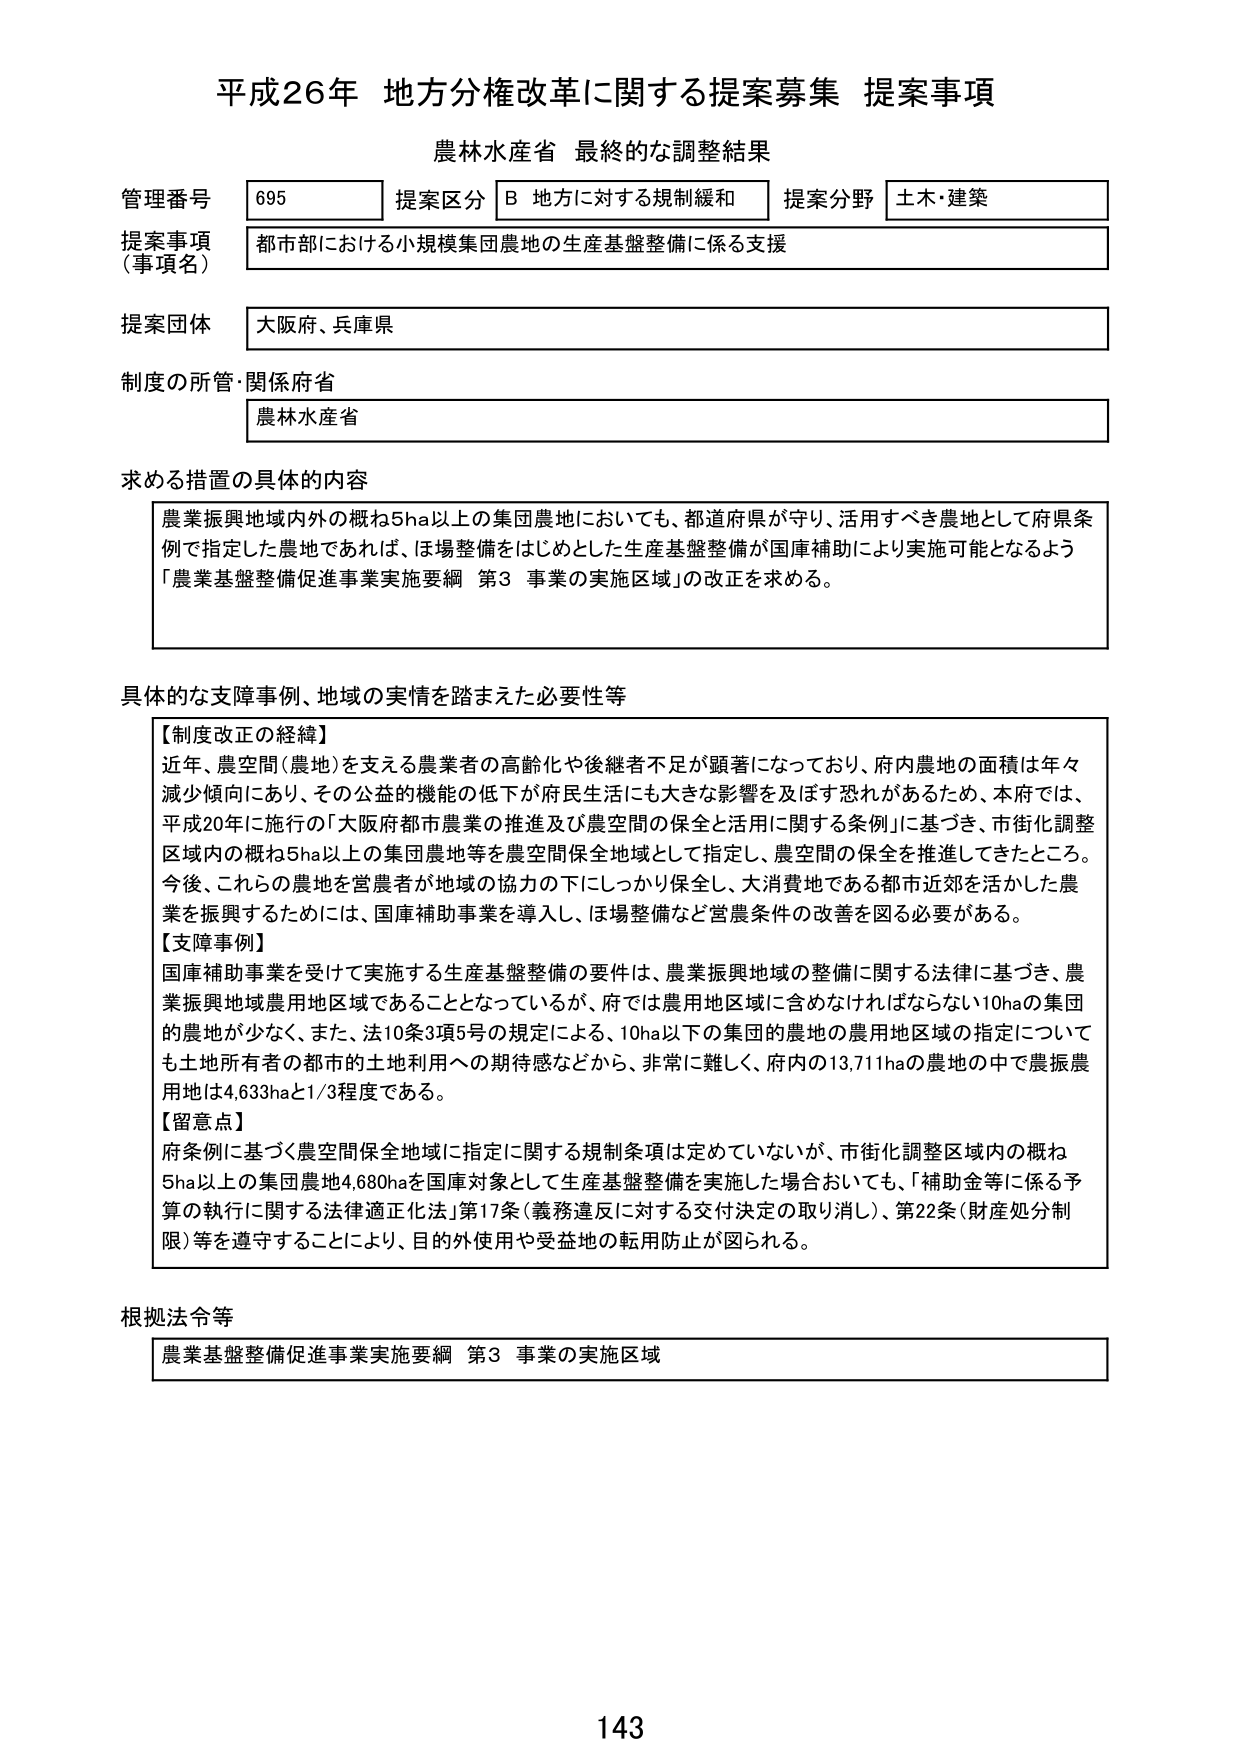
平成26年 地方分権改革に関する提案募集 提案事項
農林水産省 最終的な調整結果

管理番号 695 提案区分 B 地方に対する規制緩和 提案分野 土木・建築
提案事項（事項名） 都市部における小規模集団農地の生産基盤整備に係る支援
提案団体 大阪府、兵庫県
制度の所管・関係省 農林水産省

求める措置の具体的内容
農業振興地域内外の概ね5ha以上の集団農地においても、都道府県が守り、活用すべき農地として府県条例で指定した農地であれば、ほ場整備をはじめとした生産基盤整備が国庫補助により実施可能となるよう「農業基盤整備促進事業実施要綱 第3 事業の実施区域」の改正を求める。

具体的な支障事例、地域の実情を踏まえた必要性等
【制度改正の経緯】
近年、農空間（農地）を支える農業者の高齢化や後継者不足が顕著になっており、府内農地の面積は年々減少傾向にあり、その公益的機能の低下が府民生活にも大きな影響を及ぼす恐れがあるため、本府では、平成20年に施行の「大阪府都市農業の推進及び農空間の保全と活用に関する条例」に基づき、市街化調整区域内の概ね5ha以上の集団農地等を農空間保全地域として指定し、農空間の保全を推進してきたところ。今後、これらの農地を営農者が地域の協力の下にしっかり保全し、大消費地である都市近郊を活かした農業を振興するためには、国庫補助事業を導入し、ほ場整備など営農条件の改善を図る必要がある。
【支障事例】
国庫補助事業を受けて実施する生産基盤整備の要件は、農業振興地域の整備に関する法律に基づき、農業振興地域農用地区域であることとなっているが、府では農用地区域に含めなければならない10haの集団的農地が少なく、また、法10条3項5号の規定による、10ha以下の集団的農地の農用地区域の指定についても土地所有者の都市的土地利用への期待感などから、非常に難しく、府内の13,711haの農地の中で農振農用地は4,633haと1/3程度である。
【留意点】
府条例に基づく農空間保全地域に指定に関する規制条項は定めていないが、市街化調整区域内の概ね5ha以上の集団農地4,680haを国庫対象として生産基盤整備を実施した場合においても、「補助金等に係る予算の執行に関する法律適正化法」第17条（義務違反に対する交付決定の取り消し）、第22条（財産処分制限）等を遵守することにより、目的外使用や受益地の転用防止が図られる。

根拠法令等
農業基盤整備促進事業実施要綱 第3 事業の実施区域

143